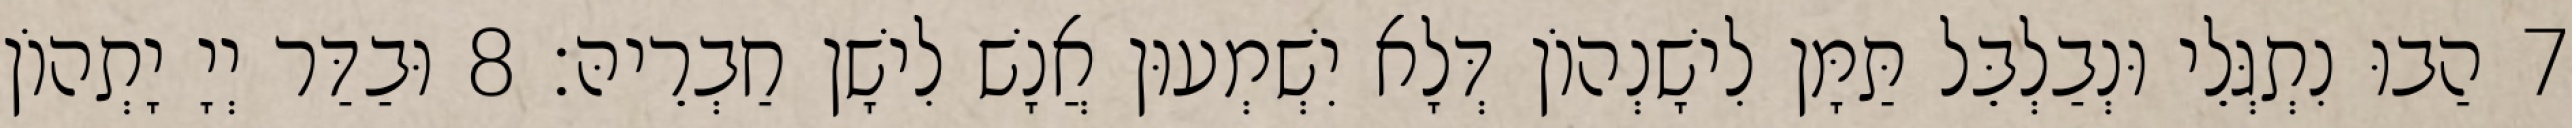
7 הַבוּ נִתְגְּלֵי וּנְבַלְבֵּל תַּמָּן לִישָׁנְהוֹן דְּלָא יִשְׁמְעוּן אֲנָשׁ לִישָׁן חַבְרֵיהּ׃ 8 וּבַדַּר יְיָ יָתְהוֹן